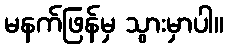
မနက်ဖြန်မှ သွားမှာပါ။